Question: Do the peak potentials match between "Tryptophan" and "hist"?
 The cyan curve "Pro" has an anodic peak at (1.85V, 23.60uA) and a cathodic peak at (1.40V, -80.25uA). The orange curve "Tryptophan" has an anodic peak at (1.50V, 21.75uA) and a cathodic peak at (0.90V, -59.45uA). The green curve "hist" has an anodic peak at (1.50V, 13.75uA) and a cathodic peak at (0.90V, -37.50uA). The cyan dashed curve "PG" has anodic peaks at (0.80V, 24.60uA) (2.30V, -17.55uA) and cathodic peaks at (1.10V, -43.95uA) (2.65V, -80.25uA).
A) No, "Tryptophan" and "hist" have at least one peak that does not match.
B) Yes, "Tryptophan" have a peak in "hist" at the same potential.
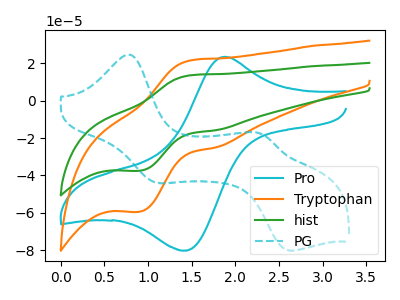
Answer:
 <answer>B) Yes, "Tryptophan" have a peak in "hist" at the same potential.</answer>
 <eval>B</eval>